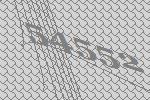
54552